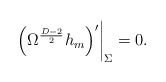
\begin{align*} \left.\left( \Omega^{{D-2} \over 2} h_m \right)'\right|_{\Sigma} = 0.\end{align*}